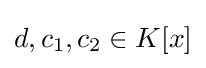
d,c_{1},c_{2}\in K[x]